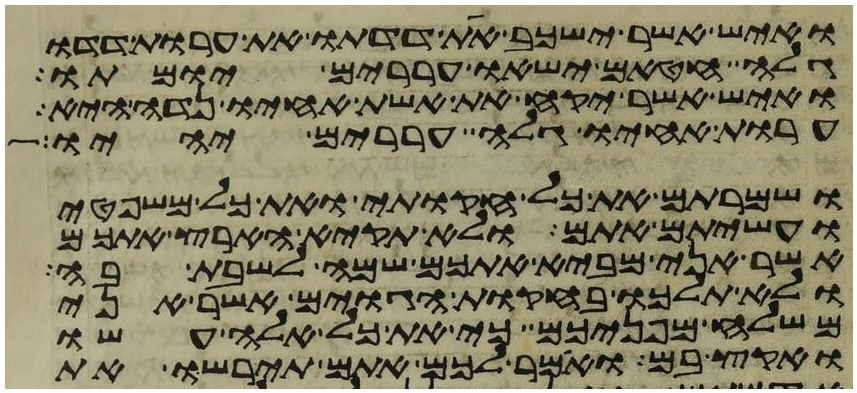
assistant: ואיש אשר ישכב את דדתו את ערות דדו
גלה חטאם ישאו עררים יומתו
ואיש אשר יקח את אשת אחיו נדה היא
ערות אחיו גלה עררים יהיו
ושמרתם את כל חקותי ואת כל משפטי
ועשיתם אתם ולא תקיא הארץ אתכם
אשר אני מביא אתכם שמה לשבת בה
ולא תלכו בחקות הגוים אשר אני
משלח מפניכם כי את כל אלה עשו
ואקץ בם ואמר לכם אתם תירשו את